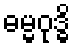
ဓမ္မဝုဒ္ဓိ